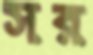
সর